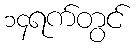
၁၄ရက်တွင်